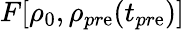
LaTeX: F[\rho_{0},\rho_{pr\mathrm{e}}(t_{pr\mathrm{e}})]